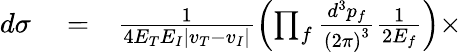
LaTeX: \begin{array}{rlr}{d\sigma}&{{}=}&{\frac{1}{4E_{T}E_{I}\left\vert v_{T}-v_{I}\right\vert}\left(\prod_{f}\frac{d^{3}p_{f}}{\left(2\pi\right)^{3}}\frac{1}{2E_{f}}\right)\times}\end{array}